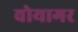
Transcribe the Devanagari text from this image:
वोयागर